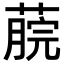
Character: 𦸌